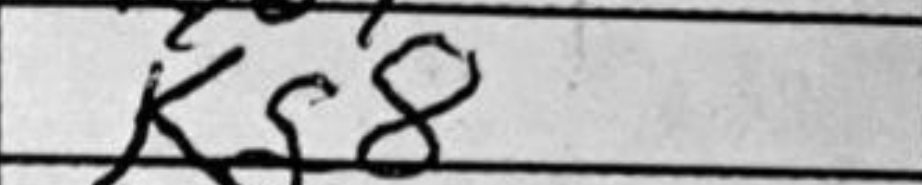
Transcription: Kf8